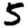
Digit: 5